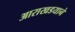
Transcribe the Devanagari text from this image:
आराखडयाने